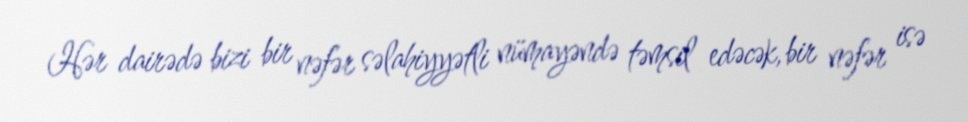
Hər dairədə bizi bir nəfər səlahiyyətli nümayəndə təmsil edəcək, bir nəfər isə